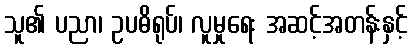
သူ၏ ပညာ၊ ဥပဓိရုပ်၊ လူမှုရေး အဆင့်အတန်းနှင့်